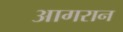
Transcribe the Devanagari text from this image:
आगरान